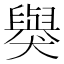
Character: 𬍋